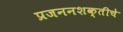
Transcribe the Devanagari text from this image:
प्रजननशक्तीचे